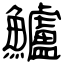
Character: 鱸